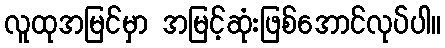
လူထုအမြင်မှာ အမြင့်ဆုံးဖြစ်အောင်လုပ်ပါ။